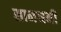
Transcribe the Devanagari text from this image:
सामश्रमी